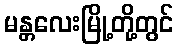
မန္တလေးမြို့တို့တွင်